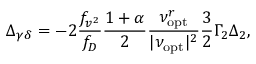
\Delta _ { \gamma \delta } = - 2 \frac { f _ { v ^ { 2 } } } { f _ { D } } \frac { 1 + \alpha } { 2 } \frac { \nu _ { \mathrm { o p t } } ^ { r } } { | \nu _ { \mathrm { o p t } } | ^ { 2 } } \frac { 3 } { 2 } \Gamma _ { 2 } \Delta _ { 2 } ,